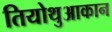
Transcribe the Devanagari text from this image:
तियोथुआकान